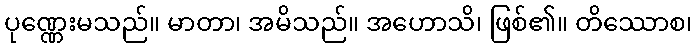
ပုဏ္ဏေးမသည်။ မာတာ၊ အမိသည်။ အဟောသိ၊ ဖြစ်၏။ တိဿောစ၊